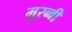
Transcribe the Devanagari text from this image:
मुरब्बी